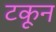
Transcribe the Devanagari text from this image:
टकून